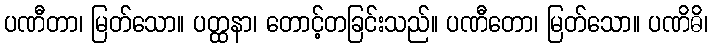
ပဏီတာ၊ မြတ်သော။ ပတ္ထနာ၊ တောင့်တခြင်းသည်။ ပဏီတော၊ မြတ်သော။ ပဏိဓိ၊